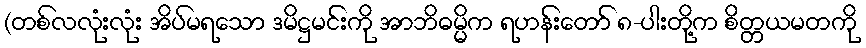
(တစ်လလုံးလုံး အိပ်မရသော ဒမိဋ္ဌမင်းကို အာဘိဓမ္မိက ရဟန်းတော် ၈-ပါးတို့က စိတ္တယမတကို